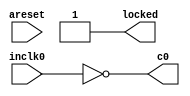
`timescale 1ps/1ps

module pll_12bit_44_1kHz_sim
	(
		input areset,
		input inclk0,
		output c0,
		output reg locked = 1
	);

	//always @(posedge inclk0 or negedge inclk0)
	//	c0 <= !c0;
	assign c0 = !inclk0;

/*
	always c0 <= inclk0;
	//localparam CLOCK_PERIOD_NS = 0.84700282966705;
	localparam CLOCK_PERIOD_NS = 1;

	always #(CLOCK_PERIOD_NS/2) c0 <= !c0;

	initial
		begin
			c0 = 0;
			locked = 1;
			#(1000000);
			$finish;
		end
*/

endmodule